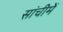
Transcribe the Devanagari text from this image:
सांचीमें